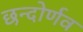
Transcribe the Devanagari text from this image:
छन्दोर्णव